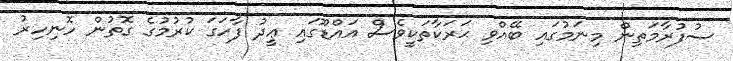
ސުފުރާމަތިން މިނަމުގައި ބޭއްވި ޙަރަކާތަކީވެސް އައްޑޫގައި ޢީދު ފާހަގަ ކުރުމުގެ ގޮތުން ހޮނިހިރު